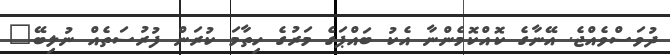
ދުވަސްވެއްޖެ. އޭނާގެ ކޮއްކޮމެންނާ އެކު ބައްޕަގެ މަރުގެ ހިތާމަ ކުރަން ފުރުސަތެއް ނުލިބޭ"